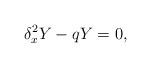
LaTeX: \begin{align*} \delta_x^2Y-qY=0,\end{align*}